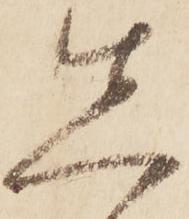
先